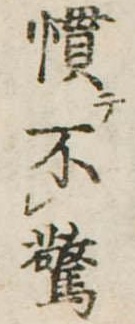
慣不驚